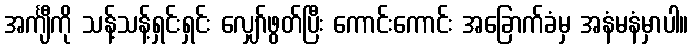
အင်္ကျီကို သန့်သန့်ရှင်းရှင်း လျှော်ဖွတ်ပြီး ကောင်းကောင်း အခြောက်ခံမှ အနံမနံမှာပါ။